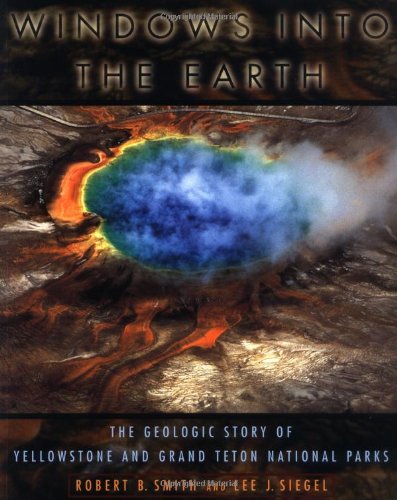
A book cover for Windows into the Earth: The Geologic Story of Yellowstone and Grand Teton National Parks; Robert B. Smith; Science & Math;